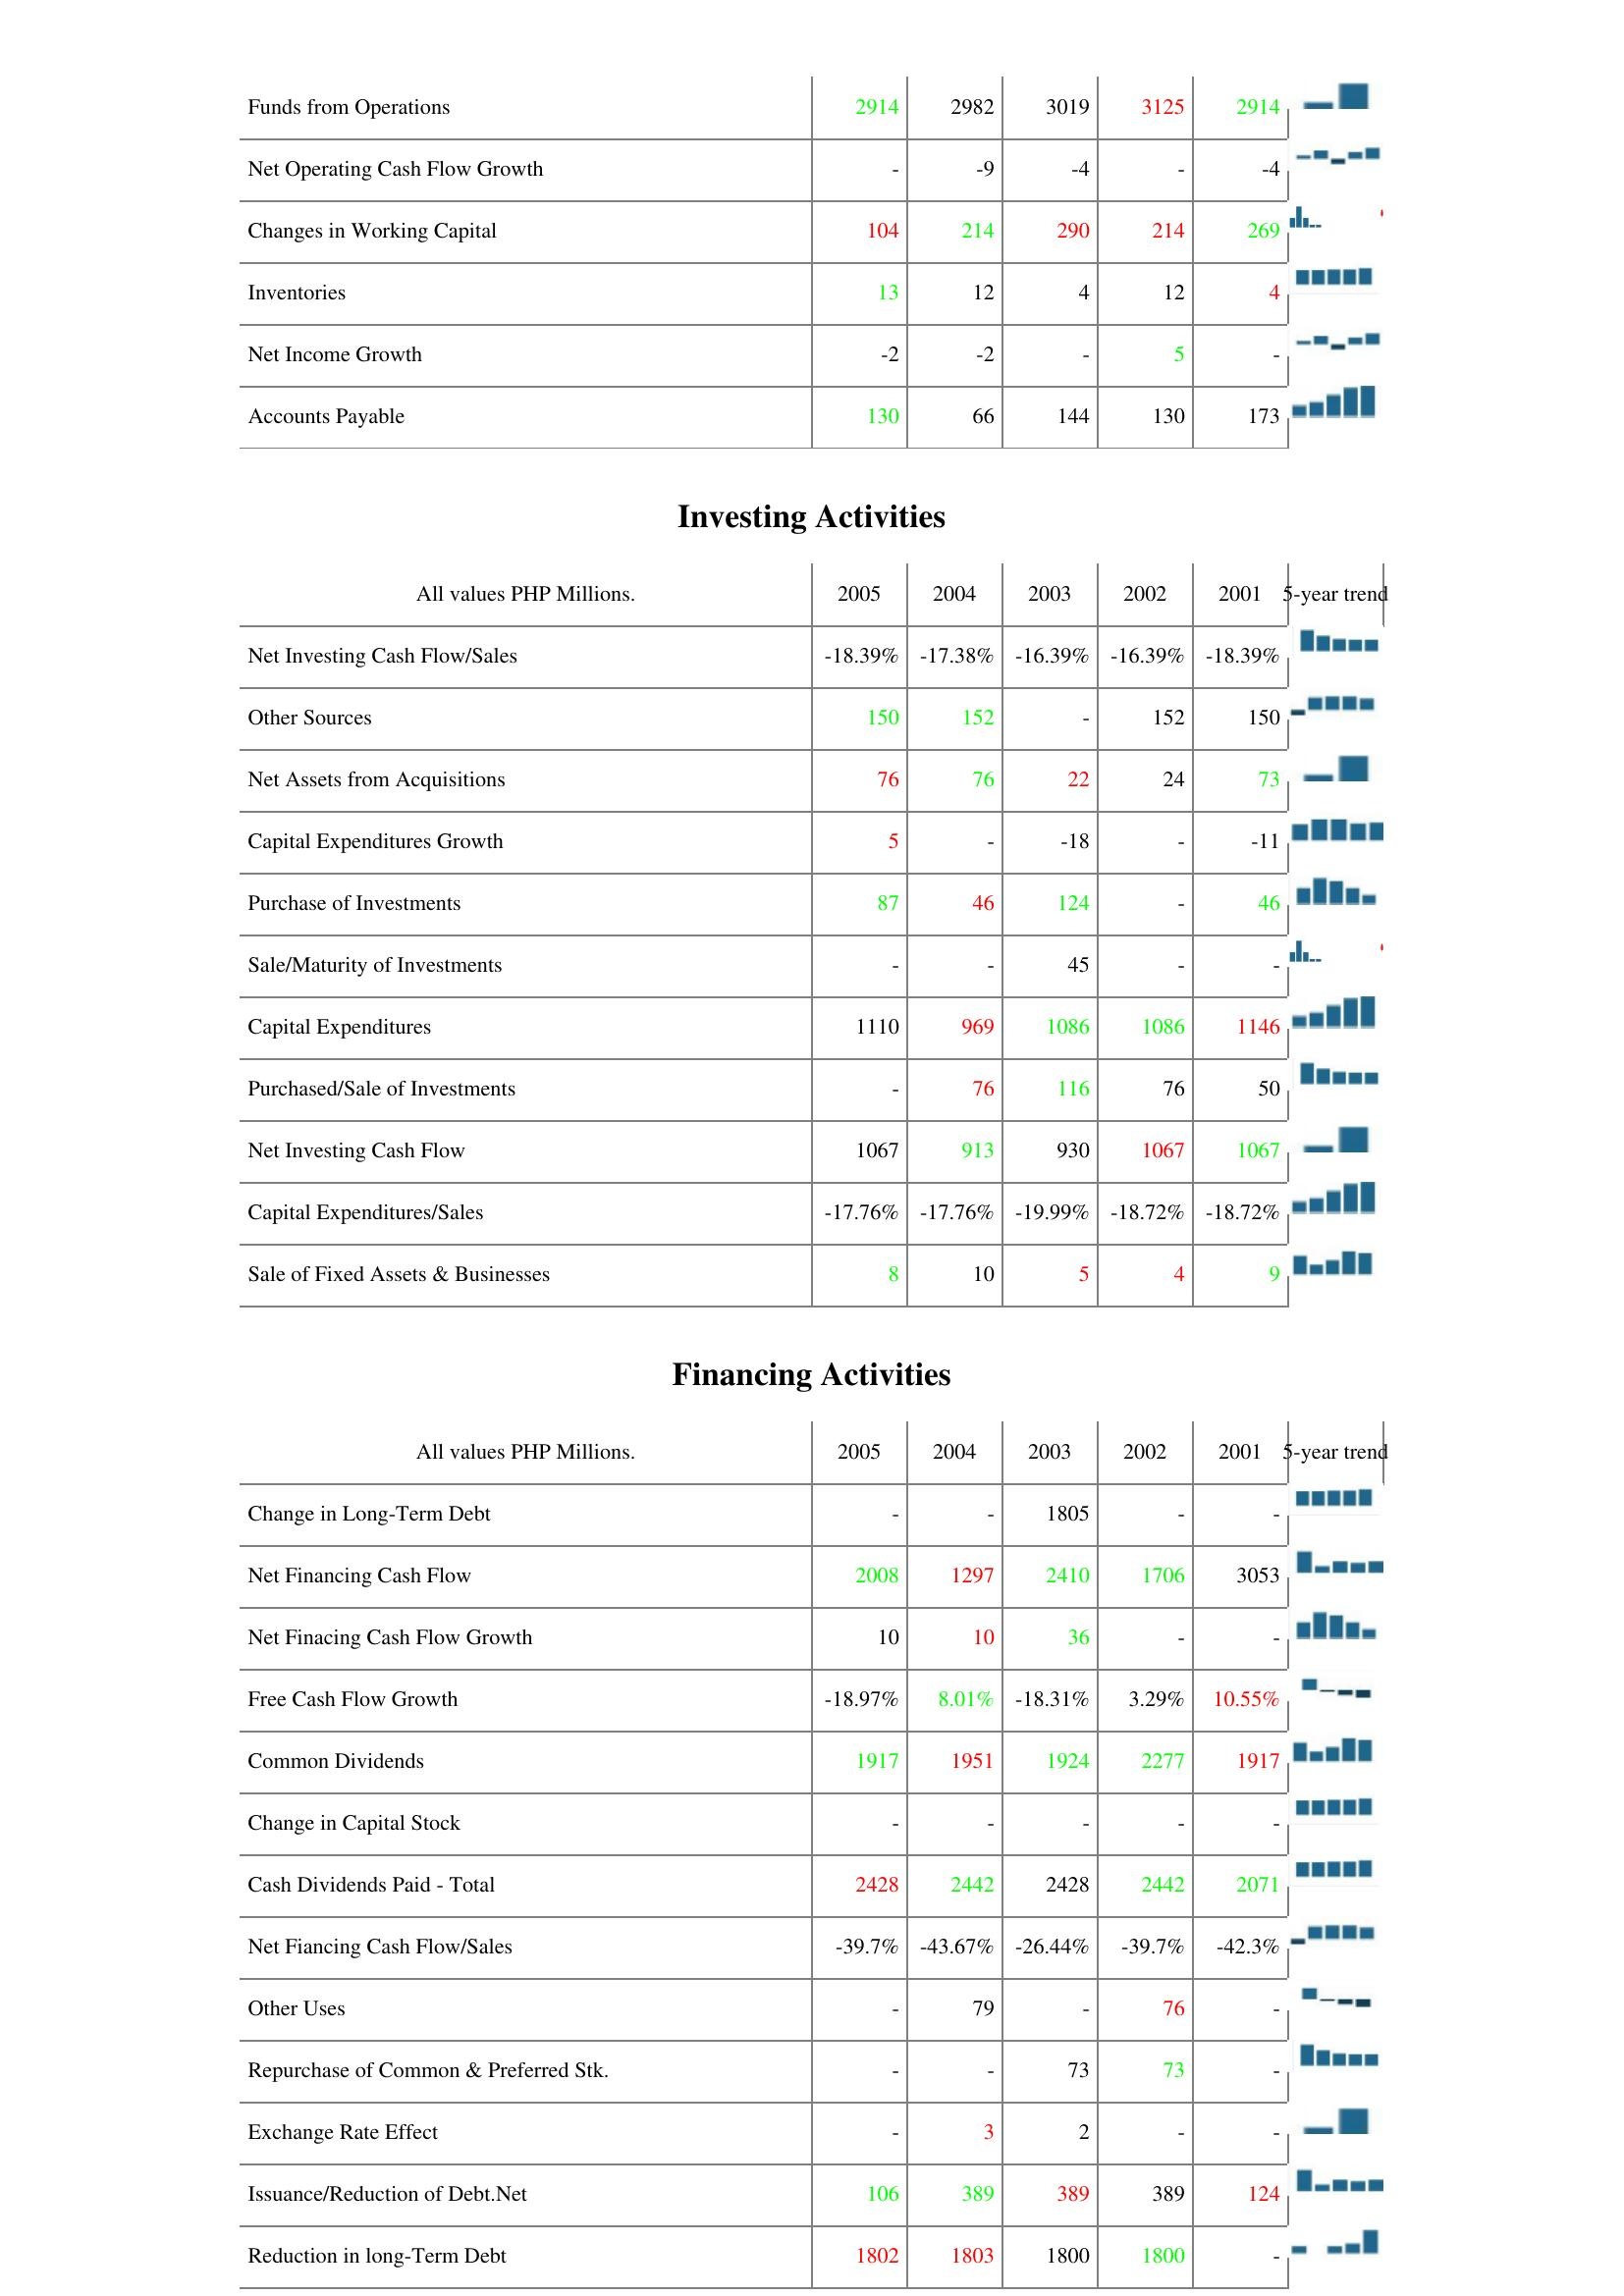
2005: Operating Activities: Funds from Operations: 2914
Net Operating Cash Flow Growth: -
Changes in Working Capital: 104
Inventories: 13
Net Income Growth: -2
Accounts Payable: 130
Investing Activities: Net Investing Cash Flow/Sales: -18.39%
Other Sources: 150
Net Assets from Acquisitions: 76
Capital Expenditures Growth: 5
Purchase of Investments: 87
Sale/Maturity of Investments: -
Capital Expenditures: 1110
Purchased/Sale of Investments: -
Net Investing Cash Flow: 1067
Capital Expenditures/Sales: -17.76%
Sale of Fixed Assets & Businesses: 8
Financing Activities: Change in Long-Term Debt: -
Net Financing Cash Flow: 2008
Net Finacing Cash Flow Growth: 10
Free Cash Flow Growth: -18.97%
Common Dividends: 1917
Change in Capital Stock: -
Cash Dividends Paid - Total: 2428
Net Fiancing Cash Flow/Sales: -39.7%
Other Uses: -
Repurchase of Common & Preferred Stk.: -
Exchange Rate Effect: -
Issuance/Reduction of Debt.Net: 106
Reduction in long-Term Debt: 1802
2004: Operating Activities: Funds from Operations: 2982
Net Operating Cash Flow Growth: -9
Changes in Working Capital: 214
Inventories: 12
Net Income Growth: -2
Accounts Payable: 66
Investing Activities: Net Investing Cash Flow/Sales: -17.38%
Other Sources: 152
Net Assets from Acquisitions: 76
Capital Expenditures Growth: -
Purchase of Investments: 46
Sale/Maturity of Investments: -
Capital Expenditures: 969
Purchased/Sale of Investments: 76
Net Investing Cash Flow: 913
Capital Expenditures/Sales: -17.76%
Sale of Fixed Assets & Businesses: 10
Financing Activities: Change in Long-Term Debt: -
Net Financing Cash Flow: 1297
Net Finacing Cash Flow Growth: 10
Free Cash Flow Growth: 8.01%
Common Dividends: 1951
Change in Capital Stock: -
Cash Dividends Paid - Total: 2442
Net Fiancing Cash Flow/Sales: -43.67%
Other Uses: 79
Repurchase of Common & Preferred Stk.: -
Exchange Rate Effect: 3
Issuance/Reduction of Debt.Net: 389
Reduction in long-Term Debt: 1803
2003: Operating Activities: Funds from Operations: 3019
Net Operating Cash Flow Growth: -4
Changes in Working Capital: 290
Inventories: 4
Net Income Growth: -
Accounts Payable: 144
Investing Activities: Net Investing Cash Flow/Sales: -16.39%
Other Sources: -
Net Assets from Acquisitions: 22
Capital Expenditures Growth: -18
Purchase of Investments: 124
Sale/Maturity of Investments: 45
Capital Expenditures: 1086
Purchased/Sale of Investments: 116
Net Investing Cash Flow: 930
Capital Expenditures/Sales: -19.99%
Sale of Fixed Assets & Businesses: 5
Financing Activities: Change in Long-Term Debt: 1805
Net Financing Cash Flow: 2410
Net Finacing Cash Flow Growth: 36
Free Cash Flow Growth: -18.31%
Common Dividends: 1924
Change in Capital Stock: -
Cash Dividends Paid - Total: 2428
Net Fiancing Cash Flow/Sales: -26.44%
Other Uses: -
Repurchase of Common & Preferred Stk.: 73
Exchange Rate Effect: 2
Issuance/Reduction of Debt.Net: 389
Reduction in long-Term Debt: 1800
2002: Operating Activities: Funds from Operations: 3125
Net Operating Cash Flow Growth: -
Changes in Working Capital: 214
Inventories: 12
Net Income Growth: 5
Accounts Payable: 130
Investing Activities: Net Investing Cash Flow/Sales: -16.39%
Other Sources: 152
Net Assets from Acquisitions: 24
Capital Expenditures Growth: -
Purchase of Investments: -
Sale/Maturity of Investments: -
Capital Expenditures: 1086
Purchased/Sale of Investments: 76
Net Investing Cash Flow: 1067
Capital Expenditures/Sales: -18.72%
Sale of Fixed Assets & Businesses: 4
Financing Activities: Change in Long-Term Debt: -
Net Financing Cash Flow: 1706
Net Finacing Cash Flow Growth: -
Free Cash Flow Growth: 3.29%
Common Dividends: 2277
Change in Capital Stock: -
Cash Dividends Paid - Total: 2442
Net Fiancing Cash Flow/Sales: -39.7%
Other Uses: 76
Repurchase of Common & Preferred Stk.: 73
Exchange Rate Effect: -
Issuance/Reduction of Debt.Net: 389
Reduction in long-Term Debt: 1800
2001: Operating Activities: Funds from Operations: 2914
Net Operating Cash Flow Growth: -4
Changes in Working Capital: 269
Inventories: 4
Net Income Growth: -
Accounts Payable: 173
Investing Activities: Net Investing Cash Flow/Sales: -18.39%
Other Sources: 150
Net Assets from Acquisitions: 73
Capital Expenditures Growth: -11
Purchase of Investments: 46
Sale/Maturity of Investments: -
Capital Expenditures: 1146
Purchased/Sale of Investments: 50
Net Investing Cash Flow: 1067
Capital Expenditures/Sales: -18.72%
Sale of Fixed Assets & Businesses: 9
Financing Activities: Change in Long-Term Debt: -
Net Financing Cash Flow: 3053
Net Finacing Cash Flow Growth: -
Free Cash Flow Growth: 10.55%
Common Dividends: 1917
Change in Capital Stock: -
Cash Dividends Paid - Total: 2071
Net Fiancing Cash Flow/Sales: -42.3%
Other Uses: -
Repurchase of Common & Preferred Stk.: -
Exchange Rate Effect: -
Issuance/Reduction of Debt.Net: 124
Reduction in long-Term Debt: -